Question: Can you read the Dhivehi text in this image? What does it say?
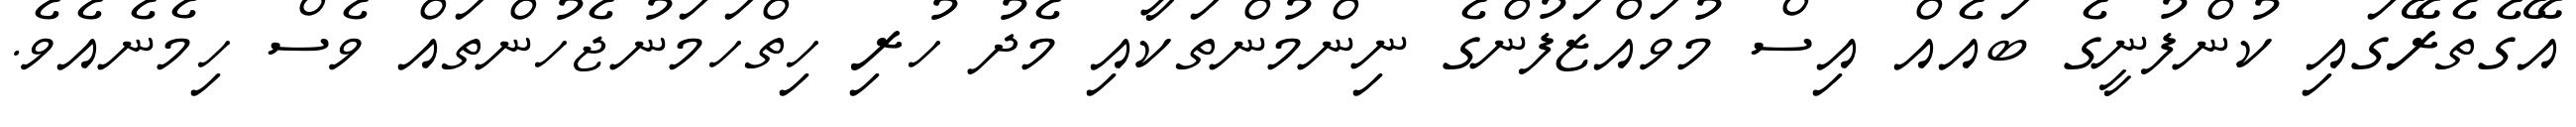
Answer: އޭގެތެރޭގައި ކުންފުނީގެ ބައެއް އިސް މުވައްޒަފުންގެ ނިންމުންތަކާއި މެދު ހުރި ހިތްހަމަނުޖެހުންތައް ވެސް ހިމެނެއެވެ.